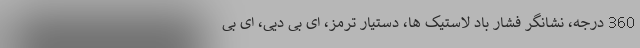
360 درجه، نشانگر فشار باد لاستیک ها، دستیار ترمز، ای بی دیی، ای بی